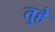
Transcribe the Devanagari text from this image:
तुहे